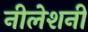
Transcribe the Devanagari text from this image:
नीलेशनी